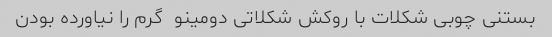
بستنی چوبی شکلات با روکش شکلاتی دومینو  گرم را نیاورده بودن